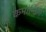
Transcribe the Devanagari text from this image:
कमांन्डिंग